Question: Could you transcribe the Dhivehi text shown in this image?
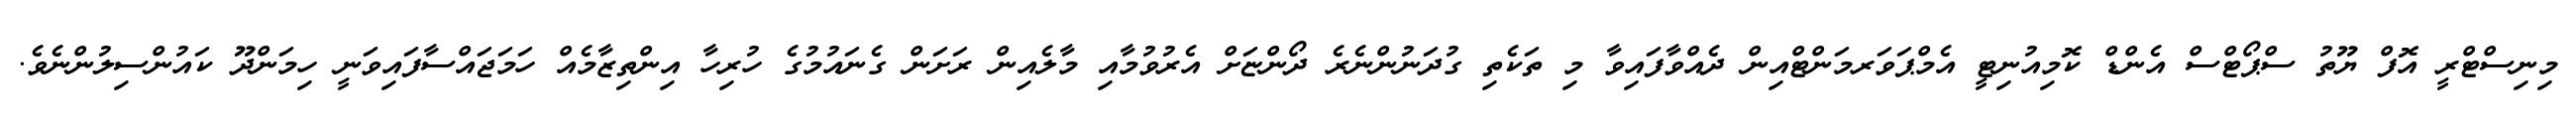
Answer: މިނިސްޓްރީ އޮފް ޔޫތު ސްޕޯޓްސް އެންޑް ކޮމިއުނިޓީ އެމްޕަވަރމަންޓްއިން ދެއްވާފައިވާ މި ތަކެތި ގުދަނުންނެރެ ދޯންޏަށް އެރުވުމާއި މާލެއިން ރަށަން ގެނައުމުގެ ހުރިހާ އިންތިޒާމެއް ހަމަޖައްސާފައިވަނީ ހިމަންދޫ ކައުންސިލުންނެވެ.